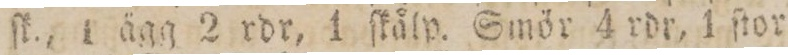
ſk., 1 ägg 2 rdr, 1 ſkålp. Smör 4 rdr, 1 ſtor